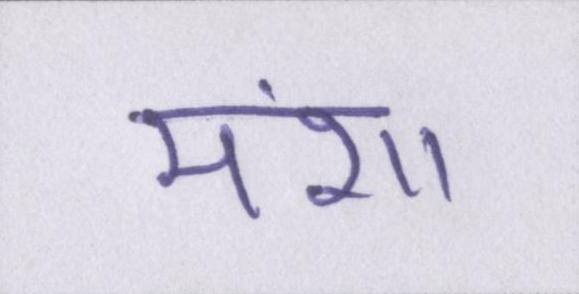
मंशा